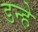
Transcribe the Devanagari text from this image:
डन्हें